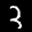
Label: 3